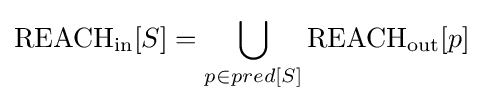
{\rm {REACH}}_{\rm {in}}[S]=\bigcup _{p\in pred[S]}{\rm {REACH}}_{\rm {out}}[p]